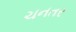
ચનતર